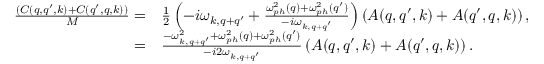
\begin{array} { r l } { \frac { ( C ( q , q ^ { \prime } , k ) + C ( q ^ { \prime } , q , k ) ) } { M } = } & { \frac { 1 } { 2 } \left( - i \omega _ { k , q + q ^ { \prime } } + \frac { \omega _ { p h } ^ { 2 } ( q ) + \omega _ { p h } ^ { 2 } ( q ^ { \prime } ) } { - i \omega _ { k , q + q ^ { \prime } } } \right) \left( A ( q , q ^ { \prime } , k ) + A ( q ^ { \prime } , q , k ) \right) , } \\ { = } & { \frac { - \omega _ { k , q + q ^ { \prime } } ^ { 2 } + \omega _ { p h } ^ { 2 } ( q ) + \omega _ { p h } ^ { 2 } ( q ^ { \prime } ) } { - i 2 \omega _ { k , q + q ^ { \prime } } } \left( A ( q , q ^ { \prime } , k ) + A ( q ^ { \prime } , q , k ) \right) . } \end{array}